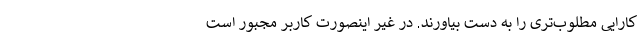
کارایی مطلوب‌تری را به دست بیاورند. در غیر اینصورت کاربر مجبور است